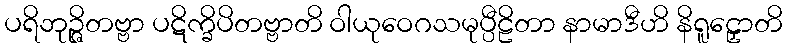
ပရိဘုဉ္ဇိတဗ္ဗာ ပဋိက္ခိပိတဗ္ဗာတိ ဝါယုဝေဂသမုပ္ပီဠိတာ နာမာဒီဟိ နိရူဠှောတိ